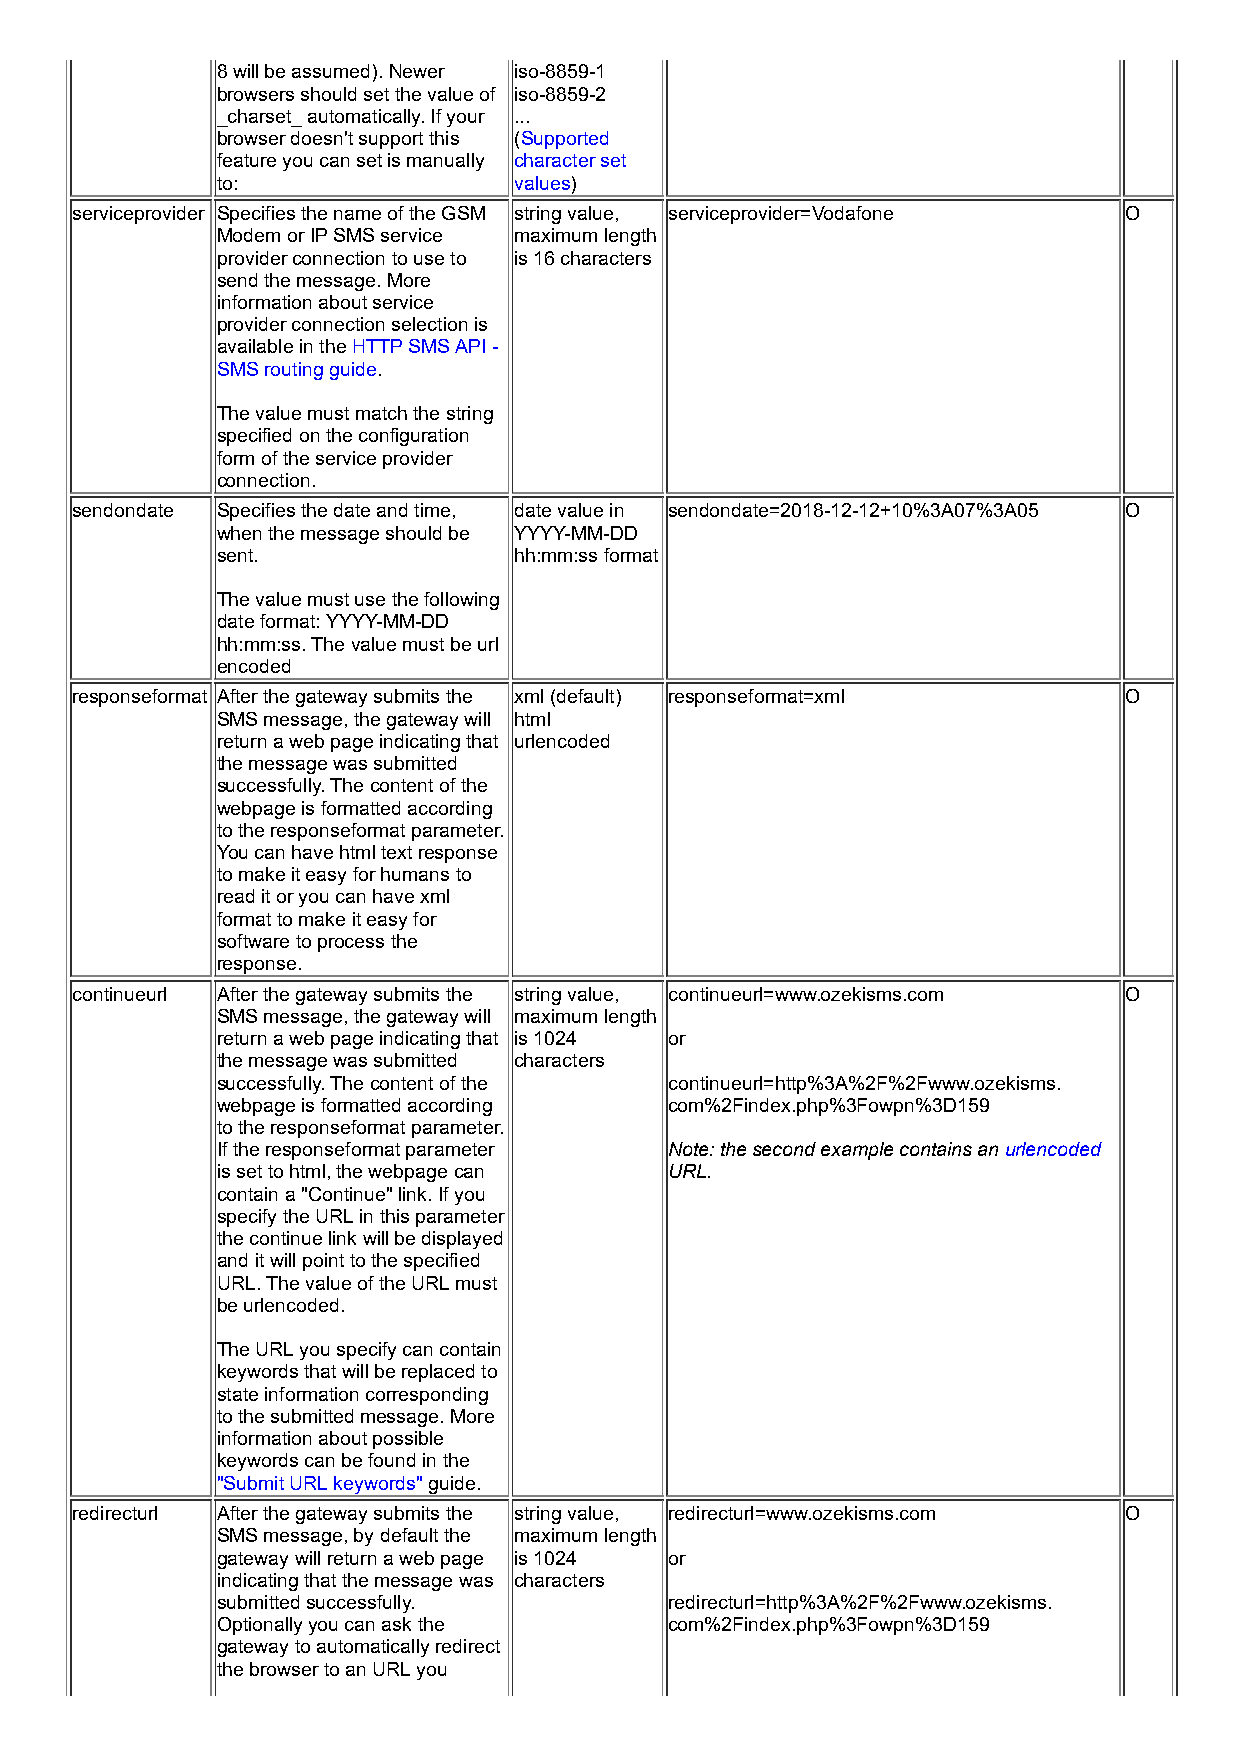
8 will be assumed). Newer iso-8859-1
 browsers should set the value of iso-8859-2
 _charset_ automatically. If your ...
 browser doesn't support this (Supported
 feature you can set is manually character set
 to:                 values)
 serviceprovider Specifies the name of the GSM string value, serviceprovider=Vodafone O
 Modem or IP SMS service maximum length
 provider connection to use to is 16 characters
 send the message. More
 information about service
 provider connection selection is
 available in the HTTP SMS API -
 SMS routing guide.
 The value must match the string
 specified on the configuration
 form of the service provider
 connection.
 sendondate Specifies the date and time, date value in sendondate=2018-12-12+10%3A07%3A05 O
 when the message should be YYYY-MM-DD
 sent.               hh:mm:ss format
 The value must use the following
 date format: YYYY-MM-DD
 hh:mm:ss. The value must be url
 encoded
 responseformat After the gateway submits the xml (default) responseformat=xml O
 SMS message, the gateway will html
 return a web page indicating that urlencoded
 the message was submitted
 successfully. The content of the
 webpage is formatted according
 to the responseformat parameter.
 You can have html text response
 to make it easy for humans to
 read it or you can have xml
 format to make it easy for
 software to process the
 response.
 continueurl After the gateway submits the string value, continueurl=www.ozekisms.com O
 SMS message, the gateway will maximum length
 return a web page indicating that is 1024 or
 the message was submitted characters
 successfully. The content of the continueurl=http%3A%2F%2Fwww.ozekisms.
 webpage is formatted according com%2Findex.php%3Fowpn%3D159
 to the responseformat parameter.
 If the responseformat parameter Note: the second example contains an urlencoded
 is set to html, the webpage can URL.
 contain a "Continue" link. If you
 specify the URL in this parameter
 the continue link will be displayed
 and it will point to the specified
 URL. The value of the URL must
 be urlencoded.
 The URL you specify can contain
 keywords that will be replaced to
 state information corresponding
 to the submitted message. More
 information about possible
 keywords can be found in the
 "Submit URL keywords" guide.
 redirecturl After the gateway submits the string value, redirecturl=www.ozekisms.com O
 SMS message, by default the maximum length
 gateway will return a web page is 1024 or
 indicating that the message was characters
 submitted successfully.       redirecturl=http%3A%2F%2Fwww.ozekisms.
 Optionally you can ask the    com%2Findex.php%3Fowpn%3D159
 gateway to automatically redirect
 the browser to an URL you